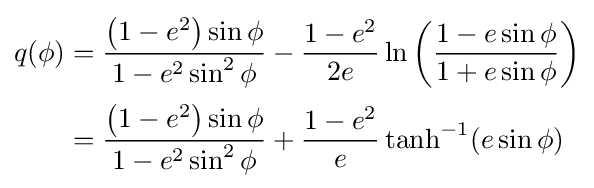
{\begin{aligned}q(\phi )&={\frac {\left(1-e^{2}\right)\sin \phi }{1-e^{2}\sin ^{2}\phi }}-{\frac {1-e^{2}}{2e}}\ln \left({\frac {1-e\sin \phi }{1+e\sin \phi }}\right)\\[2pt]&={\frac {\left(1-e^{2}\right)\sin \phi }{1-e^{2}\sin ^{2}\phi }}+{\frac {1-e^{2}}{e}}\tanh ^{-1}(e\sin \phi )\end{aligned}}